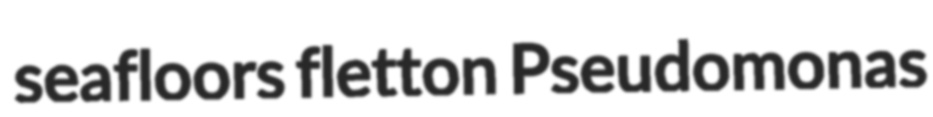
seafloors fletton Pseudomonas